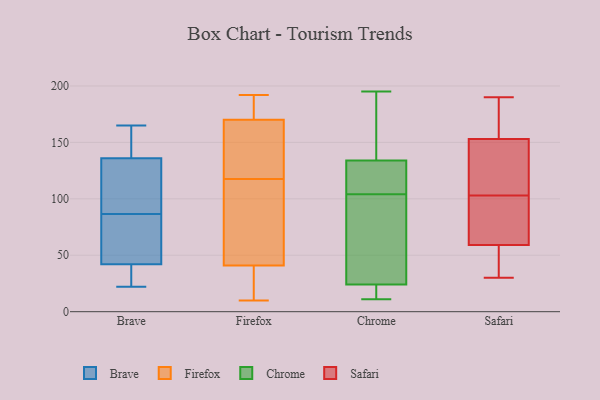
{"axis": {"x": "Customer Acquisition Cost (USD)", "y": "Value"}, "legend": ["Brave", "Chrome", "Firefox", "Safari"], "data": [{"x": "", "y": 43, "type": "Brave"}, {"x": "", "y": 130, "type": "Brave"}, {"x": "", "y": 165, "type": "Brave"}, {"x": "", "y": 113, "type": "Brave"}, {"x": "", "y": 42, "type": "Brave"}, {"x": "", "y": 136, "type": "Brave"}, {"x": "", "y": 22, "type": "Brave"}, {"x": "", "y": 39, "type": "Brave"}, {"x": "", "y": 60, "type": "Brave"}, {"x": "", "y": 138, "type": "Brave"}, {"x": "", "y": 91, "type": "Firefox"}, {"x": "", "y": 112, "type": "Firefox"}, {"x": "", "y": 188, "type": "Firefox"}, {"x": "", "y": 137, "type": "Firefox"}, {"x": "", "y": 49, "type": "Firefox"}, {"x": "", "y": 31, "type": "Firefox"}, {"x": "", "y": 185, "type": "Firefox"}, {"x": "", "y": 24, "type": "Firefox"}, {"x": "", "y": 105, "type": "Firefox"}, {"x": "", "y": 41, "type": "Firefox"}, {"x": "", "y": 10, "type": "Firefox"}, {"x": "", "y": 123, "type": "Firefox"}, {"x": "", "y": 150, "type": "Firefox"}, {"x": "", "y": 192, "type": "Firefox"}, {"x": "", "y": 175, "type": "Firefox"}, {"x": "", "y": 166, "type": "Firefox"}, {"x": "", "y": 37, "type": "Firefox"}, {"x": "", "y": 170, "type": "Firefox"}, {"x": "", "y": 37, "type": "Chrome"}, {"x": "", "y": 15, "type": "Chrome"}, {"x": "", "y": 143, "type": "Chrome"}, {"x": "", "y": 117, "type": "Chrome"}, {"x": "", "y": 195, "type": "Chrome"}, {"x": "", "y": 91, "type": "Chrome"}, {"x": "", "y": 11, "type": "Chrome"}, {"x": "", "y": 129, "type": "Chrome"}, {"x": "", "y": 134, "type": "Chrome"}, {"x": "", "y": 24, "type": "Chrome"}, {"x": "", "y": 190, "type": "Safari"}, {"x": "", "y": 153, "type": "Safari"}, {"x": "", "y": 45, "type": "Safari"}, {"x": "", "y": 154, "type": "Safari"}, {"x": "", "y": 77, "type": "Safari"}, {"x": "", "y": 141, "type": "Safari"}, {"x": "", "y": 123, "type": "Safari"}, {"x": "", "y": 83, "type": "Safari"}, {"x": "", "y": 30, "type": "Safari"}, {"x": "", "y": 59, "type": "Safari"}]}